Treatise on elephants
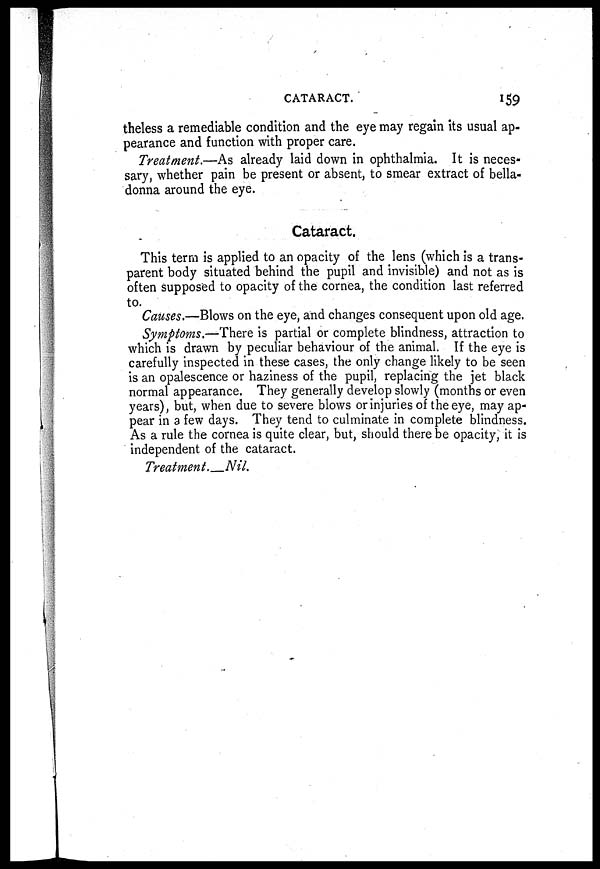
CATARACT.
159
theless a remediable condition and the eye may regain its usual ap-
pearance and function with proper care.
Treatment.—As already laid down in ophthalmia. It is neces-
sary, whether pain be present or absent, to smear extract of bella-
donna around the eye.
Cataract.
This term is applied to an opacity of the lens (which is a trans-
parent body situated behind the pupil and invisible) and not as is
often supposed to opacity of the cornea, the condition last referred
to.
Causes.—Blows on the eye, and changes consequent upon old age.
Symptoms.—There is partial or complete blindness, attraction to
which is drawn by peculiar behaviour of the animal. If the eye is
carefully inspected in these cases, the only change likely to be seen
is an opalescence or haziness of the pupil, replacing the jet black
normal appearance. They generally develop slowly (months or even
years), but, when due to severe blows or injuries of the eye, may ap-
pear in a few days. They tend to culminate in complete blindness.
As a rule the cornea is quite clear, but, should there be opacity, it is
independent of the cataract.
Treatment.
Nil.